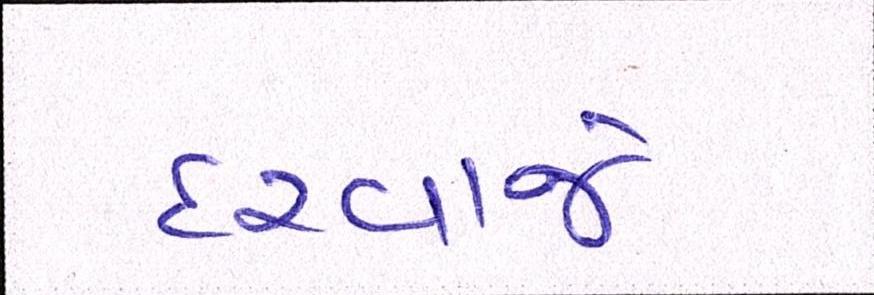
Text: દરવાજે